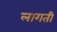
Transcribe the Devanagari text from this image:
लागती